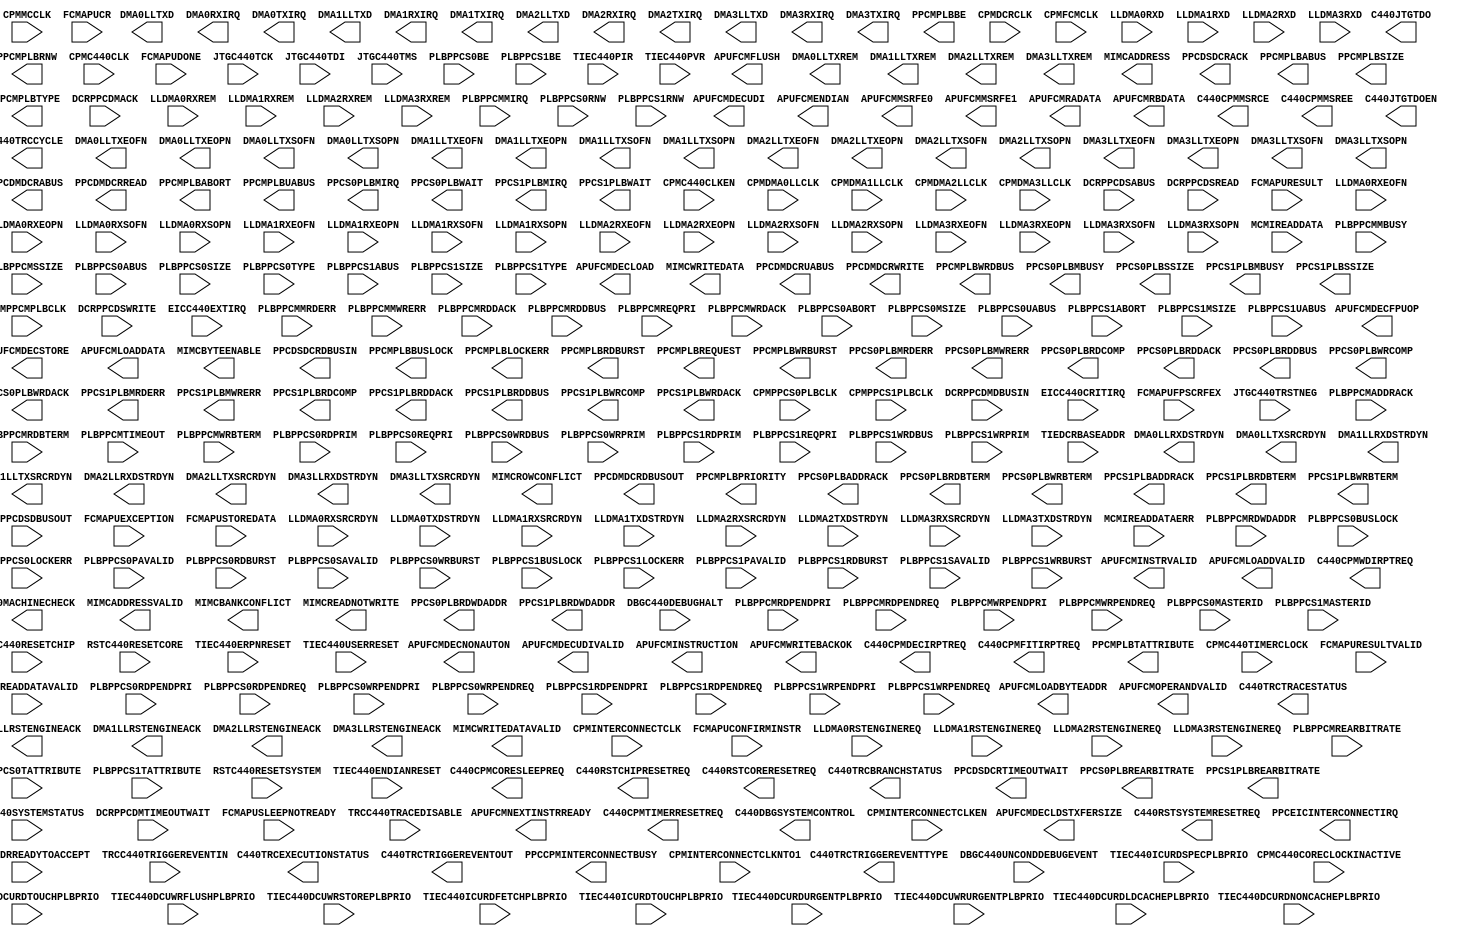
// $Header: /devl/xcs/repo/env/Databases/CAEInterfaces/xec_libs/data/unisims/PPC440.v,v 1.2 2007/12/07 01:01:21 vandanad Exp $
///////////////////////////////////////////////////////////
//  Copyright (c) 1995/2006 Xilinx Inc.
//  All Right Reserved.
///////////////////////////////////////////////////////////
//
//   ____   ___
//  /   /\/   / 
// /___/  \  /    Vendor      : Xilinx 
// \  \    \/     Version : 10.1
//  \  \          Description : 
//  /  /                      
// /__/   /\      Filename    : PPC440.v
// \  \  /  \     Timestamp   : Thu Apr 19 10:07:12 2007

//  \__\/\__ \                    
//                                 
///////////////////////////////////////////////////////////

`timescale 1 ps / 1 ps 

module PPC440 (
	APUFCMDECFPUOP,
	APUFCMDECLDSTXFERSIZE,
	APUFCMDECLOAD,
	APUFCMDECNONAUTON,
	APUFCMDECSTORE,
	APUFCMDECUDI,
	APUFCMDECUDIVALID,
	APUFCMENDIAN,
	APUFCMFLUSH,
	APUFCMINSTRUCTION,
	APUFCMINSTRVALID,
	APUFCMLOADBYTEADDR,
	APUFCMLOADDATA,
	APUFCMLOADDVALID,
	APUFCMMSRFE0,
	APUFCMMSRFE1,
	APUFCMNEXTINSTRREADY,
	APUFCMOPERANDVALID,
	APUFCMRADATA,
	APUFCMRBDATA,
	APUFCMWRITEBACKOK,
	C440CPMCORESLEEPREQ,
	C440CPMDECIRPTREQ,
	C440CPMFITIRPTREQ,
	C440CPMMSRCE,
	C440CPMMSREE,
	C440CPMTIMERRESETREQ,
	C440CPMWDIRPTREQ,
	C440DBGSYSTEMCONTROL,
	C440JTGTDO,
	C440JTGTDOEN,
	C440MACHINECHECK,
	C440RSTCHIPRESETREQ,
	C440RSTCORERESETREQ,
	C440RSTSYSTEMRESETREQ,
	C440TRCBRANCHSTATUS,
	C440TRCCYCLE,
	C440TRCEXECUTIONSTATUS,
	C440TRCTRACESTATUS,
	C440TRCTRIGGEREVENTOUT,
	C440TRCTRIGGEREVENTTYPE,
	DMA0LLRSTENGINEACK,
	DMA0LLRXDSTRDYN,
	DMA0LLTXD,
	DMA0LLTXEOFN,
	DMA0LLTXEOPN,
	DMA0LLTXREM,
	DMA0LLTXSOFN,
	DMA0LLTXSOPN,
	DMA0LLTXSRCRDYN,
	DMA0RXIRQ,
	DMA0TXIRQ,
	DMA1LLRSTENGINEACK,
	DMA1LLRXDSTRDYN,
	DMA1LLTXD,
	DMA1LLTXEOFN,
	DMA1LLTXEOPN,
	DMA1LLTXREM,
	DMA1LLTXSOFN,
	DMA1LLTXSOPN,
	DMA1LLTXSRCRDYN,
	DMA1RXIRQ,
	DMA1TXIRQ,
	DMA2LLRSTENGINEACK,
	DMA2LLRXDSTRDYN,
	DMA2LLTXD,
	DMA2LLTXEOFN,
	DMA2LLTXEOPN,
	DMA2LLTXREM,
	DMA2LLTXSOFN,
	DMA2LLTXSOPN,
	DMA2LLTXSRCRDYN,
	DMA2RXIRQ,
	DMA2TXIRQ,
	DMA3LLRSTENGINEACK,
	DMA3LLRXDSTRDYN,
	DMA3LLTXD,
	DMA3LLTXEOFN,
	DMA3LLTXEOPN,
	DMA3LLTXREM,
	DMA3LLTXSOFN,
	DMA3LLTXSOPN,
	DMA3LLTXSRCRDYN,
	DMA3RXIRQ,
	DMA3TXIRQ,
	MIMCADDRESS,
	MIMCADDRESSVALID,
	MIMCBANKCONFLICT,
	MIMCBYTEENABLE,
	MIMCREADNOTWRITE,
	MIMCROWCONFLICT,
	MIMCWRITEDATA,
	MIMCWRITEDATAVALID,
	PPCCPMINTERCONNECTBUSY,
	PPCDMDCRABUS,
	PPCDMDCRDBUSOUT,
	PPCDMDCRREAD,
	PPCDMDCRUABUS,
	PPCDMDCRWRITE,
	PPCDSDCRACK,
	PPCDSDCRDBUSIN,
	PPCDSDCRTIMEOUTWAIT,
	PPCEICINTERCONNECTIRQ,
	PPCMPLBABORT,
	PPCMPLBABUS,
	PPCMPLBBE,
	PPCMPLBBUSLOCK,
	PPCMPLBLOCKERR,
	PPCMPLBPRIORITY,
	PPCMPLBRDBURST,
	PPCMPLBREQUEST,
	PPCMPLBRNW,
	PPCMPLBSIZE,
	PPCMPLBTATTRIBUTE,
	PPCMPLBTYPE,
	PPCMPLBUABUS,
	PPCMPLBWRBURST,
	PPCMPLBWRDBUS,
	PPCS0PLBADDRACK,
	PPCS0PLBMBUSY,
	PPCS0PLBMIRQ,
	PPCS0PLBMRDERR,
	PPCS0PLBMWRERR,
	PPCS0PLBRDBTERM,
	PPCS0PLBRDCOMP,
	PPCS0PLBRDDACK,
	PPCS0PLBRDDBUS,
	PPCS0PLBRDWDADDR,
	PPCS0PLBREARBITRATE,
	PPCS0PLBSSIZE,
	PPCS0PLBWAIT,
	PPCS0PLBWRBTERM,
	PPCS0PLBWRCOMP,
	PPCS0PLBWRDACK,
	PPCS1PLBADDRACK,
	PPCS1PLBMBUSY,
	PPCS1PLBMIRQ,
	PPCS1PLBMRDERR,
	PPCS1PLBMWRERR,
	PPCS1PLBRDBTERM,
	PPCS1PLBRDCOMP,
	PPCS1PLBRDDACK,
	PPCS1PLBRDDBUS,
	PPCS1PLBRDWDADDR,
	PPCS1PLBREARBITRATE,
	PPCS1PLBSSIZE,
	PPCS1PLBWAIT,
	PPCS1PLBWRBTERM,
	PPCS1PLBWRCOMP,
	PPCS1PLBWRDACK,

	CPMC440CLK,
	CPMC440CLKEN,
	CPMC440CORECLOCKINACTIVE,
	CPMC440TIMERCLOCK,
	CPMDCRCLK,
	CPMDMA0LLCLK,
	CPMDMA1LLCLK,
	CPMDMA2LLCLK,
	CPMDMA3LLCLK,
	CPMFCMCLK,
	CPMINTERCONNECTCLK,
	CPMINTERCONNECTCLKEN,
	CPMINTERCONNECTCLKNTO1,
	CPMMCCLK,
	CPMPPCMPLBCLK,
	CPMPPCS0PLBCLK,
	CPMPPCS1PLBCLK,
	DBGC440DEBUGHALT,
	DBGC440SYSTEMSTATUS,
	DBGC440UNCONDDEBUGEVENT,
	DCRPPCDMACK,
	DCRPPCDMDBUSIN,
	DCRPPCDMTIMEOUTWAIT,
	DCRPPCDSABUS,
	DCRPPCDSDBUSOUT,
	DCRPPCDSREAD,
	DCRPPCDSWRITE,
	EICC440CRITIRQ,
	EICC440EXTIRQ,
	FCMAPUCONFIRMINSTR,
	FCMAPUCR,
	FCMAPUDONE,
	FCMAPUEXCEPTION,
	FCMAPUFPSCRFEX,
	FCMAPURESULT,
	FCMAPURESULTVALID,
	FCMAPUSLEEPNOTREADY,
	FCMAPUSTOREDATA,
	JTGC440TCK,
	JTGC440TDI,
	JTGC440TMS,
	JTGC440TRSTNEG,
	LLDMA0RSTENGINEREQ,
	LLDMA0RXD,
	LLDMA0RXEOFN,
	LLDMA0RXEOPN,
	LLDMA0RXREM,
	LLDMA0RXSOFN,
	LLDMA0RXSOPN,
	LLDMA0RXSRCRDYN,
	LLDMA0TXDSTRDYN,
	LLDMA1RSTENGINEREQ,
	LLDMA1RXD,
	LLDMA1RXEOFN,
	LLDMA1RXEOPN,
	LLDMA1RXREM,
	LLDMA1RXSOFN,
	LLDMA1RXSOPN,
	LLDMA1RXSRCRDYN,
	LLDMA1TXDSTRDYN,
	LLDMA2RSTENGINEREQ,
	LLDMA2RXD,
	LLDMA2RXEOFN,
	LLDMA2RXEOPN,
	LLDMA2RXREM,
	LLDMA2RXSOFN,
	LLDMA2RXSOPN,
	LLDMA2RXSRCRDYN,
	LLDMA2TXDSTRDYN,
	LLDMA3RSTENGINEREQ,
	LLDMA3RXD,
	LLDMA3RXEOFN,
	LLDMA3RXEOPN,
	LLDMA3RXREM,
	LLDMA3RXSOFN,
	LLDMA3RXSOPN,
	LLDMA3RXSRCRDYN,
	LLDMA3TXDSTRDYN,
	MCMIADDRREADYTOACCEPT,
	MCMIREADDATA,
	MCMIREADDATAERR,
	MCMIREADDATAVALID,
	PLBPPCMADDRACK,
	PLBPPCMMBUSY,
	PLBPPCMMIRQ,
	PLBPPCMMRDERR,
	PLBPPCMMWRERR,
	PLBPPCMRDBTERM,
	PLBPPCMRDDACK,
	PLBPPCMRDDBUS,
	PLBPPCMRDPENDPRI,
	PLBPPCMRDPENDREQ,
	PLBPPCMRDWDADDR,
	PLBPPCMREARBITRATE,
	PLBPPCMREQPRI,
	PLBPPCMSSIZE,
	PLBPPCMTIMEOUT,
	PLBPPCMWRBTERM,
	PLBPPCMWRDACK,
	PLBPPCMWRPENDPRI,
	PLBPPCMWRPENDREQ,
	PLBPPCS0ABORT,
	PLBPPCS0ABUS,
	PLBPPCS0BE,
	PLBPPCS0BUSLOCK,
	PLBPPCS0LOCKERR,
	PLBPPCS0MASTERID,
	PLBPPCS0MSIZE,
	PLBPPCS0PAVALID,
	PLBPPCS0RDBURST,
	PLBPPCS0RDPENDPRI,
	PLBPPCS0RDPENDREQ,
	PLBPPCS0RDPRIM,
	PLBPPCS0REQPRI,
	PLBPPCS0RNW,
	PLBPPCS0SAVALID,
	PLBPPCS0SIZE,
	PLBPPCS0TATTRIBUTE,
	PLBPPCS0TYPE,
	PLBPPCS0UABUS,
	PLBPPCS0WRBURST,
	PLBPPCS0WRDBUS,
	PLBPPCS0WRPENDPRI,
	PLBPPCS0WRPENDREQ,
	PLBPPCS0WRPRIM,
	PLBPPCS1ABORT,
	PLBPPCS1ABUS,
	PLBPPCS1BE,
	PLBPPCS1BUSLOCK,
	PLBPPCS1LOCKERR,
	PLBPPCS1MASTERID,
	PLBPPCS1MSIZE,
	PLBPPCS1PAVALID,
	PLBPPCS1RDBURST,
	PLBPPCS1RDPENDPRI,
	PLBPPCS1RDPENDREQ,
	PLBPPCS1RDPRIM,
	PLBPPCS1REQPRI,
	PLBPPCS1RNW,
	PLBPPCS1SAVALID,
	PLBPPCS1SIZE,
	PLBPPCS1TATTRIBUTE,
	PLBPPCS1TYPE,
	PLBPPCS1UABUS,
	PLBPPCS1WRBURST,
	PLBPPCS1WRDBUS,
	PLBPPCS1WRPENDPRI,
	PLBPPCS1WRPENDREQ,
	PLBPPCS1WRPRIM,
	RSTC440RESETCHIP,
	RSTC440RESETCORE,
	RSTC440RESETSYSTEM,
	TIEC440DCURDLDCACHEPLBPRIO,
	TIEC440DCURDNONCACHEPLBPRIO,
	TIEC440DCURDTOUCHPLBPRIO,
	TIEC440DCURDURGENTPLBPRIO,
	TIEC440DCUWRFLUSHPLBPRIO,
	TIEC440DCUWRSTOREPLBPRIO,
	TIEC440DCUWRURGENTPLBPRIO,
	TIEC440ENDIANRESET,
	TIEC440ERPNRESET,
	TIEC440ICURDFETCHPLBPRIO,
	TIEC440ICURDSPECPLBPRIO,
	TIEC440ICURDTOUCHPLBPRIO,
	TIEC440PIR,
	TIEC440PVR,
	TIEC440USERRESET,
	TIEDCRBASEADDR,
	TRCC440TRACEDISABLE,
	TRCC440TRIGGEREVENTIN

);

parameter CLOCK_DELAY = "FALSE";
parameter DCR_AUTOLOCK_ENABLE = "TRUE";
parameter PPCDM_ASYNCMODE = "FALSE";
parameter PPCDS_ASYNCMODE = "FALSE";
parameter PPCS0_WIDTH_128N64 = "TRUE";
parameter PPCS1_WIDTH_128N64 = "TRUE";
parameter [0:16] APU_CONTROL = 17'h02000;
parameter [0:23] APU_UDI0 = 24'h000000;
parameter [0:23] APU_UDI1 = 24'h000000;
parameter [0:23] APU_UDI10 = 24'h000000;
parameter [0:23] APU_UDI11 = 24'h000000;
parameter [0:23] APU_UDI12 = 24'h000000;
parameter [0:23] APU_UDI13 = 24'h000000;
parameter [0:23] APU_UDI14 = 24'h000000;
parameter [0:23] APU_UDI15 = 24'h000000;
parameter [0:23] APU_UDI2 = 24'h000000;
parameter [0:23] APU_UDI3 = 24'h000000;
parameter [0:23] APU_UDI4 = 24'h000000;
parameter [0:23] APU_UDI5 = 24'h000000;
parameter [0:23] APU_UDI6 = 24'h000000;
parameter [0:23] APU_UDI7 = 24'h000000;
parameter [0:23] APU_UDI8 = 24'h000000;
parameter [0:23] APU_UDI9 = 24'h000000;
parameter [0:31] DMA0_RXCHANNELCTRL = 32'h01010000;
parameter [0:31] DMA0_TXCHANNELCTRL = 32'h01010000;
parameter [0:31] DMA1_RXCHANNELCTRL = 32'h01010000;
parameter [0:31] DMA1_TXCHANNELCTRL = 32'h01010000;
parameter [0:31] DMA2_RXCHANNELCTRL = 32'h01010000;
parameter [0:31] DMA2_TXCHANNELCTRL = 32'h01010000;
parameter [0:31] DMA3_RXCHANNELCTRL = 32'h01010000;
parameter [0:31] DMA3_TXCHANNELCTRL = 32'h01010000;
parameter [0:31] INTERCONNECT_IMASK = 32'hFFFFFFFF;
parameter [0:31] INTERCONNECT_TMPL_SEL = 32'h3FFFFFFF;
parameter [0:31] MI_ARBCONFIG = 32'h00432010;
parameter [0:31] MI_BANKCONFLICT_MASK = 32'h00000000;
parameter [0:31] MI_CONTROL = 32'h0000008F;
parameter [0:31] MI_ROWCONFLICT_MASK = 32'h00000000;
parameter [0:31] PPCM_ARBCONFIG = 32'h00432010;
parameter [0:31] PPCM_CONTROL = 32'h8000019F;
parameter [0:31] PPCM_COUNTER = 32'h00000500;
parameter [0:31] PPCS0_ADDRMAP_TMPL0 = 32'hFFFFFFFF;
parameter [0:31] PPCS0_ADDRMAP_TMPL1 = 32'hFFFFFFFF;
parameter [0:31] PPCS0_ADDRMAP_TMPL2 = 32'hFFFFFFFF;
parameter [0:31] PPCS0_ADDRMAP_TMPL3 = 32'hFFFFFFFF;
parameter [0:31] PPCS0_CONTROL = 32'h8033336C;
parameter [0:31] PPCS1_ADDRMAP_TMPL0 = 32'hFFFFFFFF;
parameter [0:31] PPCS1_ADDRMAP_TMPL1 = 32'hFFFFFFFF;
parameter [0:31] PPCS1_ADDRMAP_TMPL2 = 32'hFFFFFFFF;
parameter [0:31] PPCS1_ADDRMAP_TMPL3 = 32'hFFFFFFFF;
parameter [0:31] PPCS1_CONTROL = 32'h8033336C;
parameter [0:31] XBAR_ADDRMAP_TMPL0 = 32'hFFFF0000;
parameter [0:31] XBAR_ADDRMAP_TMPL1 = 32'h00000000;
parameter [0:31] XBAR_ADDRMAP_TMPL2 = 32'h00000000;
parameter [0:31] XBAR_ADDRMAP_TMPL3 = 32'h00000000;
parameter [0:7] DMA0_CONTROL = 8'h00;
parameter [0:7] DMA1_CONTROL = 8'h00;
parameter [0:7] DMA2_CONTROL = 8'h00;
parameter [0:7] DMA3_CONTROL = 8'h00;
parameter [0:9] DMA0_RXIRQTIMER = 10'h3FF;
parameter [0:9] DMA0_TXIRQTIMER = 10'h3FF;
parameter [0:9] DMA1_RXIRQTIMER = 10'h3FF;
parameter [0:9] DMA1_TXIRQTIMER = 10'h3FF;
parameter [0:9] DMA2_RXIRQTIMER = 10'h3FF;
parameter [0:9] DMA2_TXIRQTIMER = 10'h3FF;
parameter [0:9] DMA3_RXIRQTIMER = 10'h3FF;
parameter [0:9] DMA3_TXIRQTIMER = 10'h3FF;

output APUFCMDECFPUOP;
output APUFCMDECLOAD;
output APUFCMDECNONAUTON;
output APUFCMDECSTORE;
output APUFCMDECUDIVALID;
output APUFCMENDIAN;
output APUFCMFLUSH;
output APUFCMINSTRVALID;
output APUFCMLOADDVALID;
output APUFCMMSRFE0;
output APUFCMMSRFE1;
output APUFCMNEXTINSTRREADY;
output APUFCMOPERANDVALID;
output APUFCMWRITEBACKOK;
output C440CPMCORESLEEPREQ;
output C440CPMDECIRPTREQ;
output C440CPMFITIRPTREQ;
output C440CPMMSRCE;
output C440CPMMSREE;
output C440CPMTIMERRESETREQ;
output C440CPMWDIRPTREQ;
output C440JTGTDO;
output C440JTGTDOEN;
output C440MACHINECHECK;
output C440RSTCHIPRESETREQ;
output C440RSTCORERESETREQ;
output C440RSTSYSTEMRESETREQ;
output C440TRCCYCLE;
output C440TRCTRIGGEREVENTOUT;
output DMA0LLRSTENGINEACK;
output DMA0LLRXDSTRDYN;
output DMA0LLTXEOFN;
output DMA0LLTXEOPN;
output DMA0LLTXSOFN;
output DMA0LLTXSOPN;
output DMA0LLTXSRCRDYN;
output DMA0RXIRQ;
output DMA0TXIRQ;
output DMA1LLRSTENGINEACK;
output DMA1LLRXDSTRDYN;
output DMA1LLTXEOFN;
output DMA1LLTXEOPN;
output DMA1LLTXSOFN;
output DMA1LLTXSOPN;
output DMA1LLTXSRCRDYN;
output DMA1RXIRQ;
output DMA1TXIRQ;
output DMA2LLRSTENGINEACK;
output DMA2LLRXDSTRDYN;
output DMA2LLTXEOFN;
output DMA2LLTXEOPN;
output DMA2LLTXSOFN;
output DMA2LLTXSOPN;
output DMA2LLTXSRCRDYN;
output DMA2RXIRQ;
output DMA2TXIRQ;
output DMA3LLRSTENGINEACK;
output DMA3LLRXDSTRDYN;
output DMA3LLTXEOFN;
output DMA3LLTXEOPN;
output DMA3LLTXSOFN;
output DMA3LLTXSOPN;
output DMA3LLTXSRCRDYN;
output DMA3RXIRQ;
output DMA3TXIRQ;
output MIMCADDRESSVALID;
output MIMCBANKCONFLICT;
output MIMCREADNOTWRITE;
output MIMCROWCONFLICT;
output MIMCWRITEDATAVALID;
output PPCCPMINTERCONNECTBUSY;
output PPCDMDCRREAD;
output PPCDMDCRWRITE;
output PPCDSDCRACK;
output PPCDSDCRTIMEOUTWAIT;
output PPCEICINTERCONNECTIRQ;
output PPCMPLBABORT;
output PPCMPLBBUSLOCK;
output PPCMPLBLOCKERR;
output PPCMPLBRDBURST;
output PPCMPLBREQUEST;
output PPCMPLBRNW;
output PPCMPLBWRBURST;
output PPCS0PLBADDRACK;
output PPCS0PLBRDBTERM;
output PPCS0PLBRDCOMP;
output PPCS0PLBRDDACK;
output PPCS0PLBREARBITRATE;
output PPCS0PLBWAIT;
output PPCS0PLBWRBTERM;
output PPCS0PLBWRCOMP;
output PPCS0PLBWRDACK;
output PPCS1PLBADDRACK;
output PPCS1PLBRDBTERM;
output PPCS1PLBRDCOMP;
output PPCS1PLBRDDACK;
output PPCS1PLBREARBITRATE;
output PPCS1PLBWAIT;
output PPCS1PLBWRBTERM;
output PPCS1PLBWRCOMP;
output PPCS1PLBWRDACK;
output [0:127] APUFCMLOADDATA;
output [0:127] MIMCWRITEDATA;
output [0:127] PPCMPLBWRDBUS;
output [0:127] PPCS0PLBRDDBUS;
output [0:127] PPCS1PLBRDDBUS;
output [0:13] C440TRCTRIGGEREVENTTYPE;
output [0:15] MIMCBYTEENABLE;
output [0:15] PPCMPLBBE;
output [0:15] PPCMPLBTATTRIBUTE;
output [0:1] PPCMPLBPRIORITY;
output [0:1] PPCS0PLBSSIZE;
output [0:1] PPCS1PLBSSIZE;
output [0:2] APUFCMDECLDSTXFERSIZE;
output [0:2] C440TRCBRANCHSTATUS;
output [0:2] PPCMPLBTYPE;
output [0:31] APUFCMINSTRUCTION;
output [0:31] APUFCMRADATA;
output [0:31] APUFCMRBDATA;
output [0:31] DMA0LLTXD;
output [0:31] DMA1LLTXD;
output [0:31] DMA2LLTXD;
output [0:31] DMA3LLTXD;
output [0:31] PPCDMDCRDBUSOUT;
output [0:31] PPCDSDCRDBUSIN;
output [0:31] PPCMPLBABUS;
output [0:35] MIMCADDRESS;
output [0:3] APUFCMDECUDI;
output [0:3] APUFCMLOADBYTEADDR;
output [0:3] DMA0LLTXREM;
output [0:3] DMA1LLTXREM;
output [0:3] DMA2LLTXREM;
output [0:3] DMA3LLTXREM;
output [0:3] PPCMPLBSIZE;
output [0:3] PPCS0PLBMBUSY;
output [0:3] PPCS0PLBMIRQ;
output [0:3] PPCS0PLBMRDERR;
output [0:3] PPCS0PLBMWRERR;
output [0:3] PPCS0PLBRDWDADDR;
output [0:3] PPCS1PLBMBUSY;
output [0:3] PPCS1PLBMIRQ;
output [0:3] PPCS1PLBMRDERR;
output [0:3] PPCS1PLBMWRERR;
output [0:3] PPCS1PLBRDWDADDR;
output [0:4] C440TRCEXECUTIONSTATUS;
output [0:6] C440TRCTRACESTATUS;
output [0:7] C440DBGSYSTEMCONTROL;
output [0:9] PPCDMDCRABUS;
output [20:21] PPCDMDCRUABUS;
output [28:31] PPCMPLBUABUS;

input CPMC440CLK;
input CPMC440CLKEN;
input CPMC440CORECLOCKINACTIVE;
input CPMC440TIMERCLOCK;
input CPMDCRCLK;
input CPMDMA0LLCLK;
input CPMDMA1LLCLK;
input CPMDMA2LLCLK;
input CPMDMA3LLCLK;
input CPMFCMCLK;
input CPMINTERCONNECTCLK;
input CPMINTERCONNECTCLKEN;
input CPMINTERCONNECTCLKNTO1;
input CPMMCCLK;
input CPMPPCMPLBCLK;
input CPMPPCS0PLBCLK;
input CPMPPCS1PLBCLK;
input DBGC440DEBUGHALT;
input DBGC440UNCONDDEBUGEVENT;
input DCRPPCDMACK;
input DCRPPCDMTIMEOUTWAIT;
input DCRPPCDSREAD;
input DCRPPCDSWRITE;
input EICC440CRITIRQ;
input EICC440EXTIRQ;
input FCMAPUCONFIRMINSTR;
input FCMAPUDONE;
input FCMAPUEXCEPTION;
input FCMAPUFPSCRFEX;
input FCMAPURESULTVALID;
input FCMAPUSLEEPNOTREADY;
input JTGC440TCK;
input JTGC440TDI;
input JTGC440TMS;
input JTGC440TRSTNEG;
input LLDMA0RSTENGINEREQ;
input LLDMA0RXEOFN;
input LLDMA0RXEOPN;
input LLDMA0RXSOFN;
input LLDMA0RXSOPN;
input LLDMA0RXSRCRDYN;
input LLDMA0TXDSTRDYN;
input LLDMA1RSTENGINEREQ;
input LLDMA1RXEOFN;
input LLDMA1RXEOPN;
input LLDMA1RXSOFN;
input LLDMA1RXSOPN;
input LLDMA1RXSRCRDYN;
input LLDMA1TXDSTRDYN;
input LLDMA2RSTENGINEREQ;
input LLDMA2RXEOFN;
input LLDMA2RXEOPN;
input LLDMA2RXSOFN;
input LLDMA2RXSOPN;
input LLDMA2RXSRCRDYN;
input LLDMA2TXDSTRDYN;
input LLDMA3RSTENGINEREQ;
input LLDMA3RXEOFN;
input LLDMA3RXEOPN;
input LLDMA3RXSOFN;
input LLDMA3RXSOPN;
input LLDMA3RXSRCRDYN;
input LLDMA3TXDSTRDYN;
input MCMIADDRREADYTOACCEPT;
input MCMIREADDATAERR;
input MCMIREADDATAVALID;
input PLBPPCMADDRACK;
input PLBPPCMMBUSY;
input PLBPPCMMIRQ;
input PLBPPCMMRDERR;
input PLBPPCMMWRERR;
input PLBPPCMRDBTERM;
input PLBPPCMRDDACK;
input PLBPPCMRDPENDREQ;
input PLBPPCMREARBITRATE;
input PLBPPCMTIMEOUT;
input PLBPPCMWRBTERM;
input PLBPPCMWRDACK;
input PLBPPCMWRPENDREQ;
input PLBPPCS0ABORT;
input PLBPPCS0BUSLOCK;
input PLBPPCS0LOCKERR;
input PLBPPCS0PAVALID;
input PLBPPCS0RDBURST;
input PLBPPCS0RDPENDREQ;
input PLBPPCS0RDPRIM;
input PLBPPCS0RNW;
input PLBPPCS0SAVALID;
input PLBPPCS0WRBURST;
input PLBPPCS0WRPENDREQ;
input PLBPPCS0WRPRIM;
input PLBPPCS1ABORT;
input PLBPPCS1BUSLOCK;
input PLBPPCS1LOCKERR;
input PLBPPCS1PAVALID;
input PLBPPCS1RDBURST;
input PLBPPCS1RDPENDREQ;
input PLBPPCS1RDPRIM;
input PLBPPCS1RNW;
input PLBPPCS1SAVALID;
input PLBPPCS1WRBURST;
input PLBPPCS1WRPENDREQ;
input PLBPPCS1WRPRIM;
input RSTC440RESETCHIP;
input RSTC440RESETCORE;
input RSTC440RESETSYSTEM;
input TIEC440ENDIANRESET;
input TRCC440TRACEDISABLE;
input TRCC440TRIGGEREVENTIN;
input [0:127] FCMAPUSTOREDATA;
input [0:127] MCMIREADDATA;
input [0:127] PLBPPCMRDDBUS;
input [0:127] PLBPPCS0WRDBUS;
input [0:127] PLBPPCS1WRDBUS;
input [0:15] PLBPPCS0BE;
input [0:15] PLBPPCS0TATTRIBUTE;
input [0:15] PLBPPCS1BE;
input [0:15] PLBPPCS1TATTRIBUTE;
input [0:1] PLBPPCMRDPENDPRI;
input [0:1] PLBPPCMREQPRI;
input [0:1] PLBPPCMSSIZE;
input [0:1] PLBPPCMWRPENDPRI;
input [0:1] PLBPPCS0MASTERID;
input [0:1] PLBPPCS0MSIZE;
input [0:1] PLBPPCS0RDPENDPRI;
input [0:1] PLBPPCS0REQPRI;
input [0:1] PLBPPCS0WRPENDPRI;
input [0:1] PLBPPCS1MASTERID;
input [0:1] PLBPPCS1MSIZE;
input [0:1] PLBPPCS1RDPENDPRI;
input [0:1] PLBPPCS1REQPRI;
input [0:1] PLBPPCS1WRPENDPRI;
input [0:1] TIEC440DCURDLDCACHEPLBPRIO;
input [0:1] TIEC440DCURDNONCACHEPLBPRIO;
input [0:1] TIEC440DCURDTOUCHPLBPRIO;
input [0:1] TIEC440DCURDURGENTPLBPRIO;
input [0:1] TIEC440DCUWRFLUSHPLBPRIO;
input [0:1] TIEC440DCUWRSTOREPLBPRIO;
input [0:1] TIEC440DCUWRURGENTPLBPRIO;
input [0:1] TIEC440ICURDFETCHPLBPRIO;
input [0:1] TIEC440ICURDSPECPLBPRIO;
input [0:1] TIEC440ICURDTOUCHPLBPRIO;
input [0:1] TIEDCRBASEADDR;
input [0:2] PLBPPCS0TYPE;
input [0:2] PLBPPCS1TYPE;
input [0:31] DCRPPCDMDBUSIN;
input [0:31] DCRPPCDSDBUSOUT;
input [0:31] FCMAPURESULT;
input [0:31] LLDMA0RXD;
input [0:31] LLDMA1RXD;
input [0:31] LLDMA2RXD;
input [0:31] LLDMA3RXD;
input [0:31] PLBPPCS0ABUS;
input [0:31] PLBPPCS1ABUS;
input [0:3] FCMAPUCR;
input [0:3] LLDMA0RXREM;
input [0:3] LLDMA1RXREM;
input [0:3] LLDMA2RXREM;
input [0:3] LLDMA3RXREM;
input [0:3] PLBPPCMRDWDADDR;
input [0:3] PLBPPCS0SIZE;
input [0:3] PLBPPCS1SIZE;
input [0:3] TIEC440ERPNRESET;
input [0:3] TIEC440USERRESET;
input [0:4] DBGC440SYSTEMSTATUS;
input [0:9] DCRPPCDSABUS;
input [28:31] PLBPPCS0UABUS;
input [28:31] PLBPPCS1UABUS;
input [28:31] TIEC440PIR;
input [28:31] TIEC440PVR;

endmodule